Lock hospitals Punjab
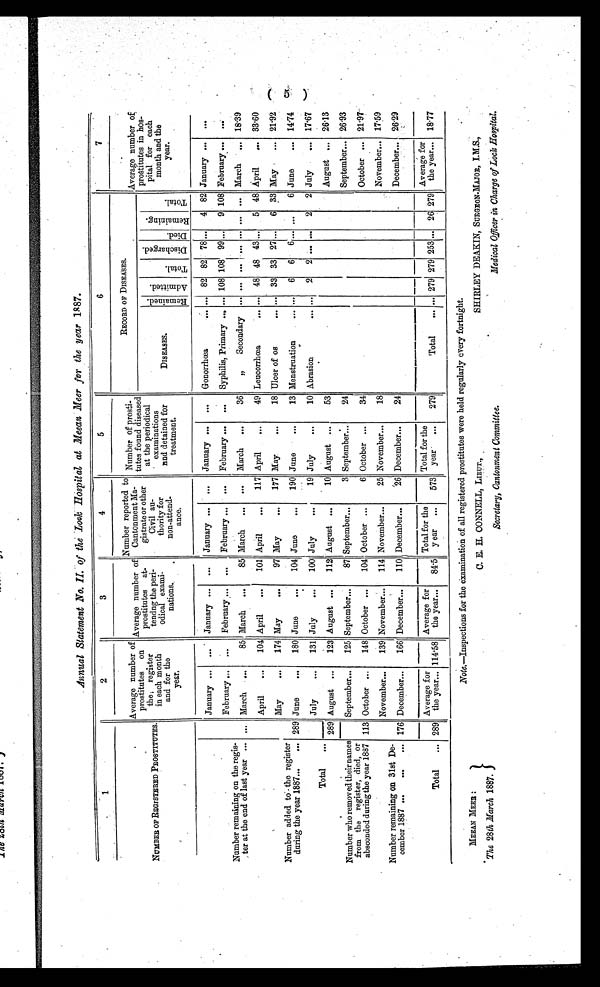
Annual Statement No. II. of the Look Hospital at Meean Meer for the year 1887.
1
2
3
4
5
6
7
NUMBER OF REGISTERED PROSTITUTES.
Average number of
prostitutes on
the ; register
in each month
and for the
year.
Average number of
prostitutes at-
t e n d n g t h e p e r i o d i c a l e x a m i -
nations.
Number reported to
Cantonment Ma-
gistrate or other
Civil au-
t h o r i t y f o r
non-attend-
ance.
Number
of prosti-tutes found diseased at
the periodical
examinations
and detained for
treatment.
RECORD OF DISEASES.
Average number of
prostitutes in hos-
pital for each
month and the
year.
DISEASES.
R e ma i n e d .
Ad mi t t e d .
T o t a l .
D i s c h a r g e d .
D i e d .
R e m a i n i n g .
Total.
Number remaining on the regis-
ter at the end of last year
...
January
...
January
...
January
...
January
...
G o n o r r h œ a
... 82 82 78 ... 4 82 January
...
February
...
February
... February
... February
...
Syphilis, Primary
... 108 108 99 ... 9 108 February
...
March
85 March
85 March
... March
36
„
Secondary ... ... ... ... ... ... ... March
1 8 . 3 9
April
104 April
101 April
117 April
49 Leucorrhœa
... 48 48 43 ...
5 48 April
3 3 . 6 0
Number added to the register
during the year 1887
289
May
174 May
97 May
177 May
18 Ulcer of os
... 33 33 27 ...
6 33 May
2 1 . 9 2
June
180 June
104 June
190 June
13 Menstruation
...
6
6
6 . . .
. . . 6 June
1 4 . 7 4
July
131 July
100 July
19 July
10 Abrasion
... 2 2 ...
. . . 2 2 July
1 7 . 6 7
Total
289 August
123 August
112 August
10 August
53
August
26.13
Number who removed their names
from the register, died, or
absconded during the year 1887 113
September
125 September
87 September
3 September
24
September
26.93
October
148 October
104 October
6 October
34
October
21.97
Number remaining on 31st De-
cember 1887
176
November
139 November
114 November
25 November
18
November
17.59
December
166 December
110 December
26 December
24
December
26.29
Total
289
Average for
the year 114.58
Average for
the year
84.5
Total for the
y ear
573
Total for the
y e a r
279
Total
... 279 279 253 ... 26 279
Average for
the year
1 8 . 7 7
Note.—Inspections for the examination of all registered prostitutes were held regularly every fortnight.
MEEAN MEER :
The 28th March 1887.
C. E. H. CONNELL, LIEUT.,
Secretary, Cantonment Committee.
SHIRLEY DEAKIN, SURGEON-MAJOR, I.M.S.,
Medical Officer in Charge of Lock Hospital.